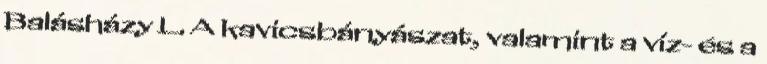
Balásházy L. A kavicsbányászat, valamint a víz- és a